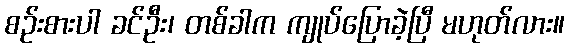
စဉ်းစားပါ ခင်ဦး၊ တစ်ခါက ကျုပ်ပြောခဲ့ပြီ မဟုတ်လား။